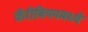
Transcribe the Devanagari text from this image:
कॅरीबियनमध्ये